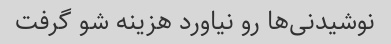
نوشیدنی‌ها رو نیاورد هزینه شو گرفت